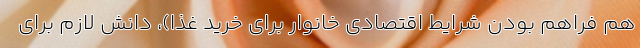
هم فراهم بودن شرایط اقتصادی خانوار برای خرید غذا)، دانش لازم برای